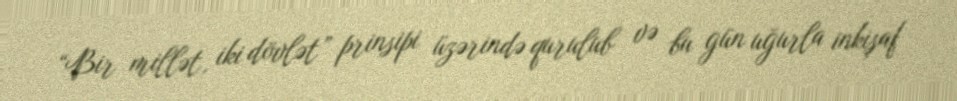
“Bir millət, iki dövlət” prinsipi üzərində qurulub və bu gün uğurla inkişaf